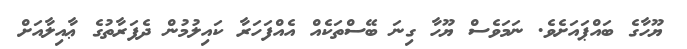
ޔޫހާގެ ބައްޕައަށެވެ. ނަމަވެސް ޔޫހާ ގިނަ ބޭސްތަކެއް އެއްފަހަރާ ކައިލުމުން ދެފަރާތުގެ ޢާއިލާއަށް